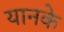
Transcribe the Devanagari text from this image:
यानके